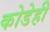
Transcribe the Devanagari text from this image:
कोडेही